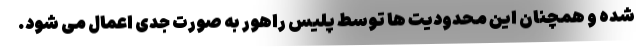
شده و همچنان این محدودیت ها توسط پلیس راهور به صورت جدی اعمال می شود.